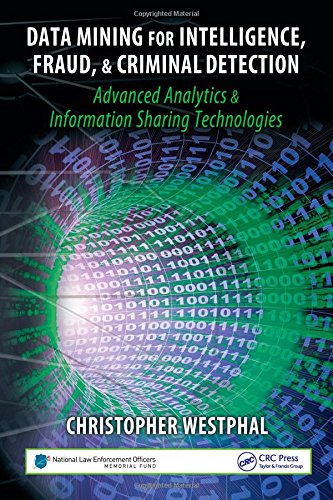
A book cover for Data Mining for Intelligence, Fraud & Criminal Detection: Advanced Analytics & Information Sharing Technologies; Christopher Westphal; Computers & Technology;